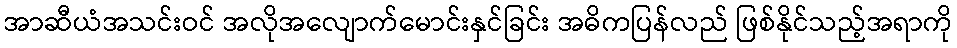
အာဆီယံအသင်းဝင် အလိုအလျောက်မောင်းနှင်ခြင်း အဓိကပြန်လည် ဖြစ်နိုင်သည့်အရာကို